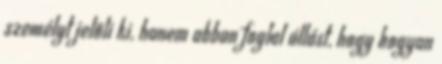
személyt jelöli ki, hanem abban foglal állást, hogy hogyan